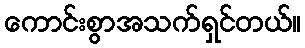
ကောင်းစွာအသက်ရှင်တယ်။